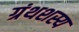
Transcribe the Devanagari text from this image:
ग्रंथशस्य